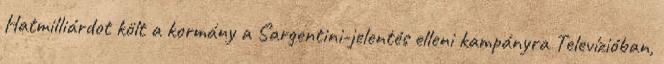
Hatmilliárdot költ a kormány a Sargentini-jelentés elleni kampányra Televízióban,